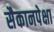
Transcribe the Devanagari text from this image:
सैकानपेक्षा